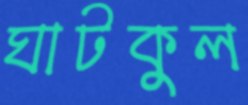
ঘাটকুল